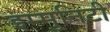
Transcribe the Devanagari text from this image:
इम्मुनिटी